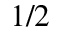
1 / 2